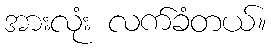
အားလုံး လက်ခံတယ်။